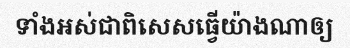
ទាំងអស់ជាពិសេសធ្វើយ៉ាងណាឲ្យ